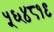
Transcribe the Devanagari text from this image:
५६४८१९